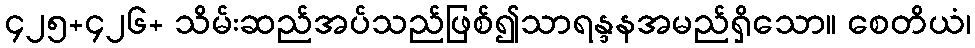
၄၂၅+၄၂၆+ သိမ်းဆည်အပ်သည်ဖြစ်၍သာရန္ဒနအမည်ရှိသော။ စေတိယံ၊